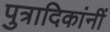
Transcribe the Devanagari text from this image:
पुत्रादिकांनीं